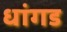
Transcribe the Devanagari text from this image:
धांगड